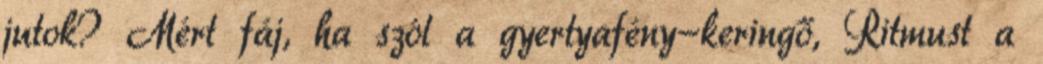
jutok? Mért fáj, ha szól a gyertyafény-keringő, Ritmust a